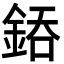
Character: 𨧐